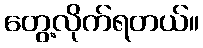
တွေ့လိုက်ရတယ်။